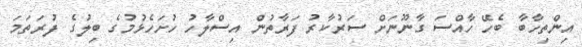
އިންތިހާބާ ބެހޭ ހާއްސަ ގާނޫނަށް ސަރުކާރު ފަރާތުން އިސްލާހު ހުށަހެޅުމުގެ ބިލުގެ ފުރަތަމަ